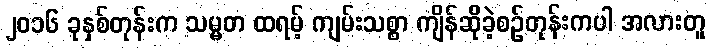
၂၀၁၆ ခုနှစ်တုန်းက သမ္မတ ထရမ့် ကျမ်းသစ္စာ ကျိန်ဆိုခဲ့စဉ်တုန်းကပါ အလားတူ